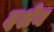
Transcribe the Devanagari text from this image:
दशेन